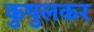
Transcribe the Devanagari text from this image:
कुषुलकर